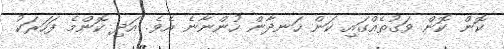
ކޮން ކޮން ވަގުތެއްގައި ކަން ހަނދާން ހުންނާނެ އެވެ. އަދި ކޮންމެ ފަހަރަކު